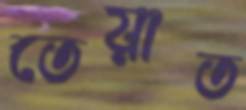
তেয়াত